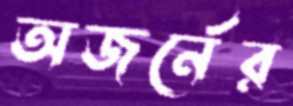
অজর্নের